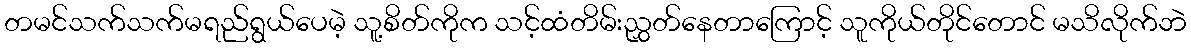
တမင်သက်သက်မရည်ရွယ်ပေမဲ့ သူ့စိတ်ကိုက သင့်ထံတိမ်းညွှတ်နေတာကြောင့် သူကိုယ်တိုင်တောင် မသိလိုက်ဘဲ